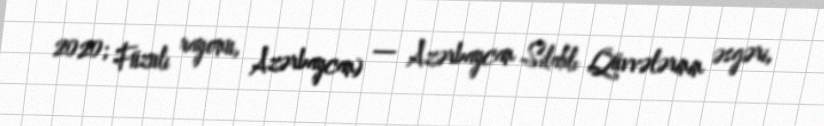
2020; Füzuli rayonu, Azərbaycan) — Azərbaycan Silahlı Qüvvələrinin əsgəri,